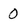
Character: 0